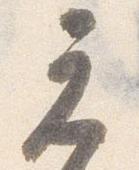
元